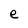
Character: e